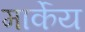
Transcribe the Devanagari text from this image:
मार्केय